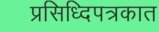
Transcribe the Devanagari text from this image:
प्रसिध्दिपत्रकात